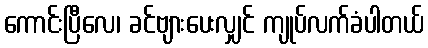
ကောင်းပြီလေ၊ ခင်ဗျားပေးလျှင် ကျုပ်လက်ခံပါတယ်